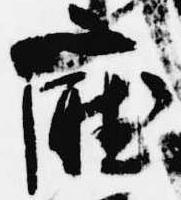
庁